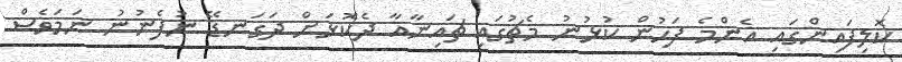
ކޮލިފައިންގައި އެންމެ ފަހުން ކުޅުނު މެޗުގައި ޗައިނާއާ ދެކޮޅަށް ދަގަނޑޭ ނުފެނުނު ނަމަވެސް